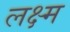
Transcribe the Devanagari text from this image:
लक्ष्म